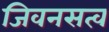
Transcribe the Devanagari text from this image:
जिवनसत्व